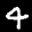
Label: 4